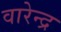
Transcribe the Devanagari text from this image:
वारेन्द्र